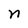
Character: n